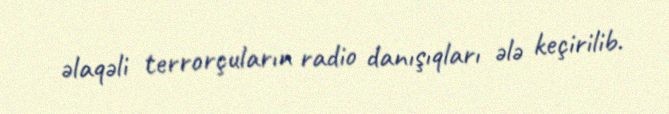
əlaqəli terrorçuların radio danışıqları ələ keçirilib.